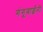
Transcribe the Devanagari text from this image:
गंगूबाईंनी